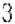
3